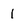
Character: 1